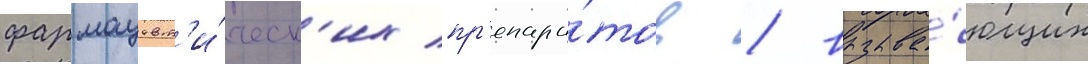
фармацевт'и́ческ'их пр'епара́тов / вызыва́ющих